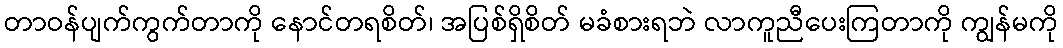
တာဝန်ပျက်ကွက်တာကို နောင်တရစိတ်၊ အပြစ်ရှိစိတ် မခံစားရဘဲ လာကူညီပေးကြတာကို ကျွန်မကို